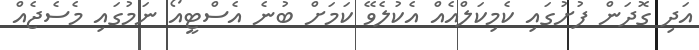
އަދި ގޮދަން ފުށުގައި ކެމިކަލްއެއް އެކުލެވޭ ކަމަށް ބުނެ އެސްޓީއޯ ނަމުގައި މެސެޖެއް